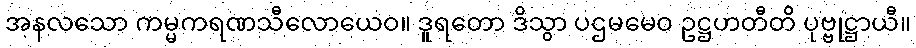
အနလသော ကမ္မကရဏသီလောယေဝ။ ဒူရတော ဒိသွာ ပဌမမေဝ ဥဋ္ဌဟတီတိ ပုဗ္ဗုဋ္ဌာယီ။